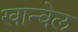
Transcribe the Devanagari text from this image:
खान्वेल